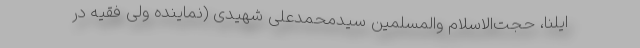
ایلنا، حجت‌الاسلام والمسلمین سیدمحمدعلی شهیدی (نماینده ولی فقیه در